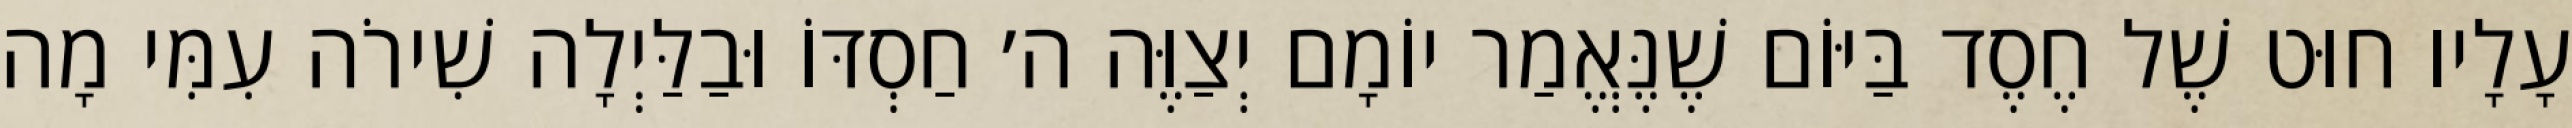
עָלָיו חוּט שֶׁל חֶסֶד בַּיּוֹם שֶׁנֶּאֱמַר יוֹמָם יְצַוֶּה ה׳ חַסְדּוֹ וּבַלַּיְלָה שִׁירֹה עִמִּי מָה